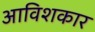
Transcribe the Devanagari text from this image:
आविशकार